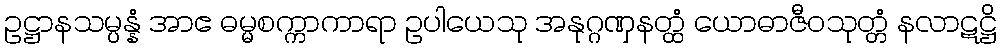
ဥဋ္ဌာနသမ္ပန္နံ အာဧ ဓမ္မစက္ကာကာရာ ဥပါယေသု အနုဂ္ဂဏှနတ္ထံ ယောဓာဇီဝသုတ္တံ နလာဋဋ္ဌိ